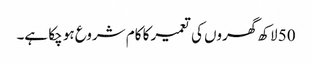
50 لاکھ گھروں کی تعمیر کا کام شروع ہو چکا ہے۔